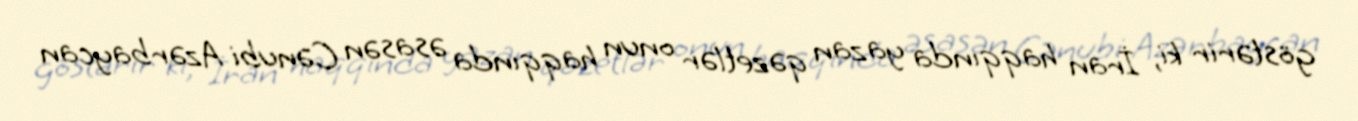
göstərir ki, İran haqqında yazan qəzetlər onun haqqında əsasən Cənubi Azərbaycan